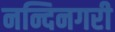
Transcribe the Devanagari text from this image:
नन्दिनगरी